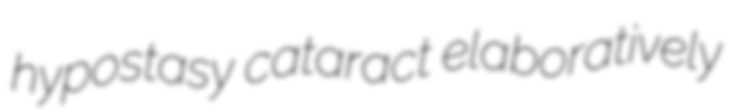
hypostasy cataract elaboratively